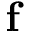
\mathbf { f }